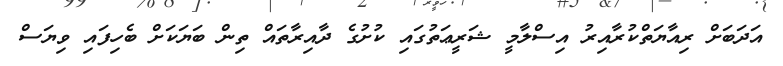
އަދަބަށް ރިއާޔަތްކުރާއިރު އިސްލާމީ ޝަރީޢަތުގައި ކުށުގެ ދާއިރާތައް ތިން ބަޔަކަށް ބެހިފައި ވިޔަސް